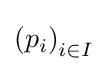
\left(p_{i}\right)_{i\in I}